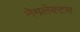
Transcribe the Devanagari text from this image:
नेगलेक्टस